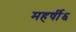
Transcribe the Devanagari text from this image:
महर्षी६